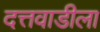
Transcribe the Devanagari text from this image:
दत्तवाडीला